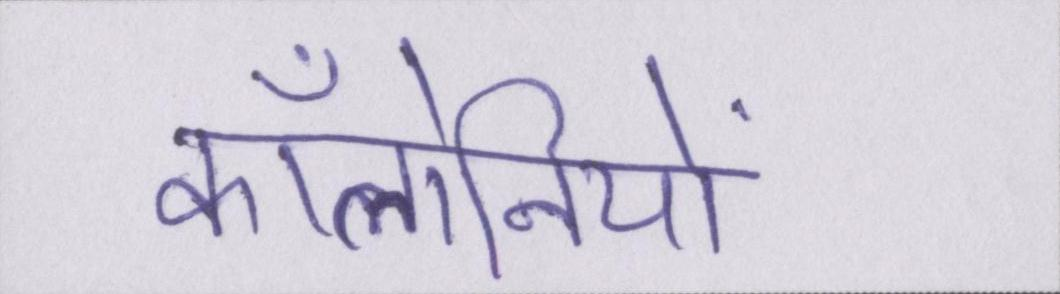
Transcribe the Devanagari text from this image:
कॉलोनियों